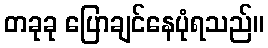
တခုခု ပြောချင်နေပုံရသည်။